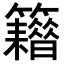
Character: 𥷸